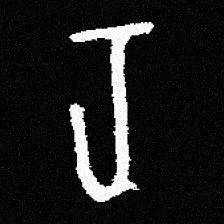
Pyu character \u2014 Myanmar letter: ရ (romanized: ra)